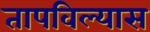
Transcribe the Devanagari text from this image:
तापविल्यास